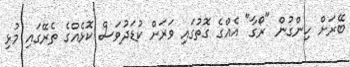
ބޭރަށް ހިންގުން "ރޯގާ" އެއްގެ ގޮތުގައި ވަރަށް ކުޑަދުވަސް ކޮޅެއްގެ ތެރޭގައި މުޅި